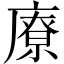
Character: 𱝊